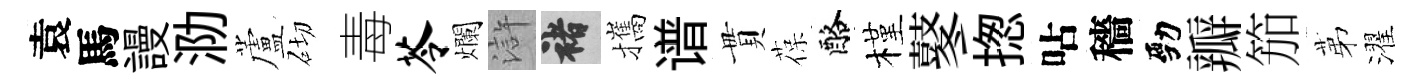
袁馬謾泐蘆砌毒苓爛滸褚攜谱貫葆酪槿鼕揔呫穡勁瓣笳苐濯